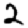
Digit: 2